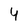
Character: 4